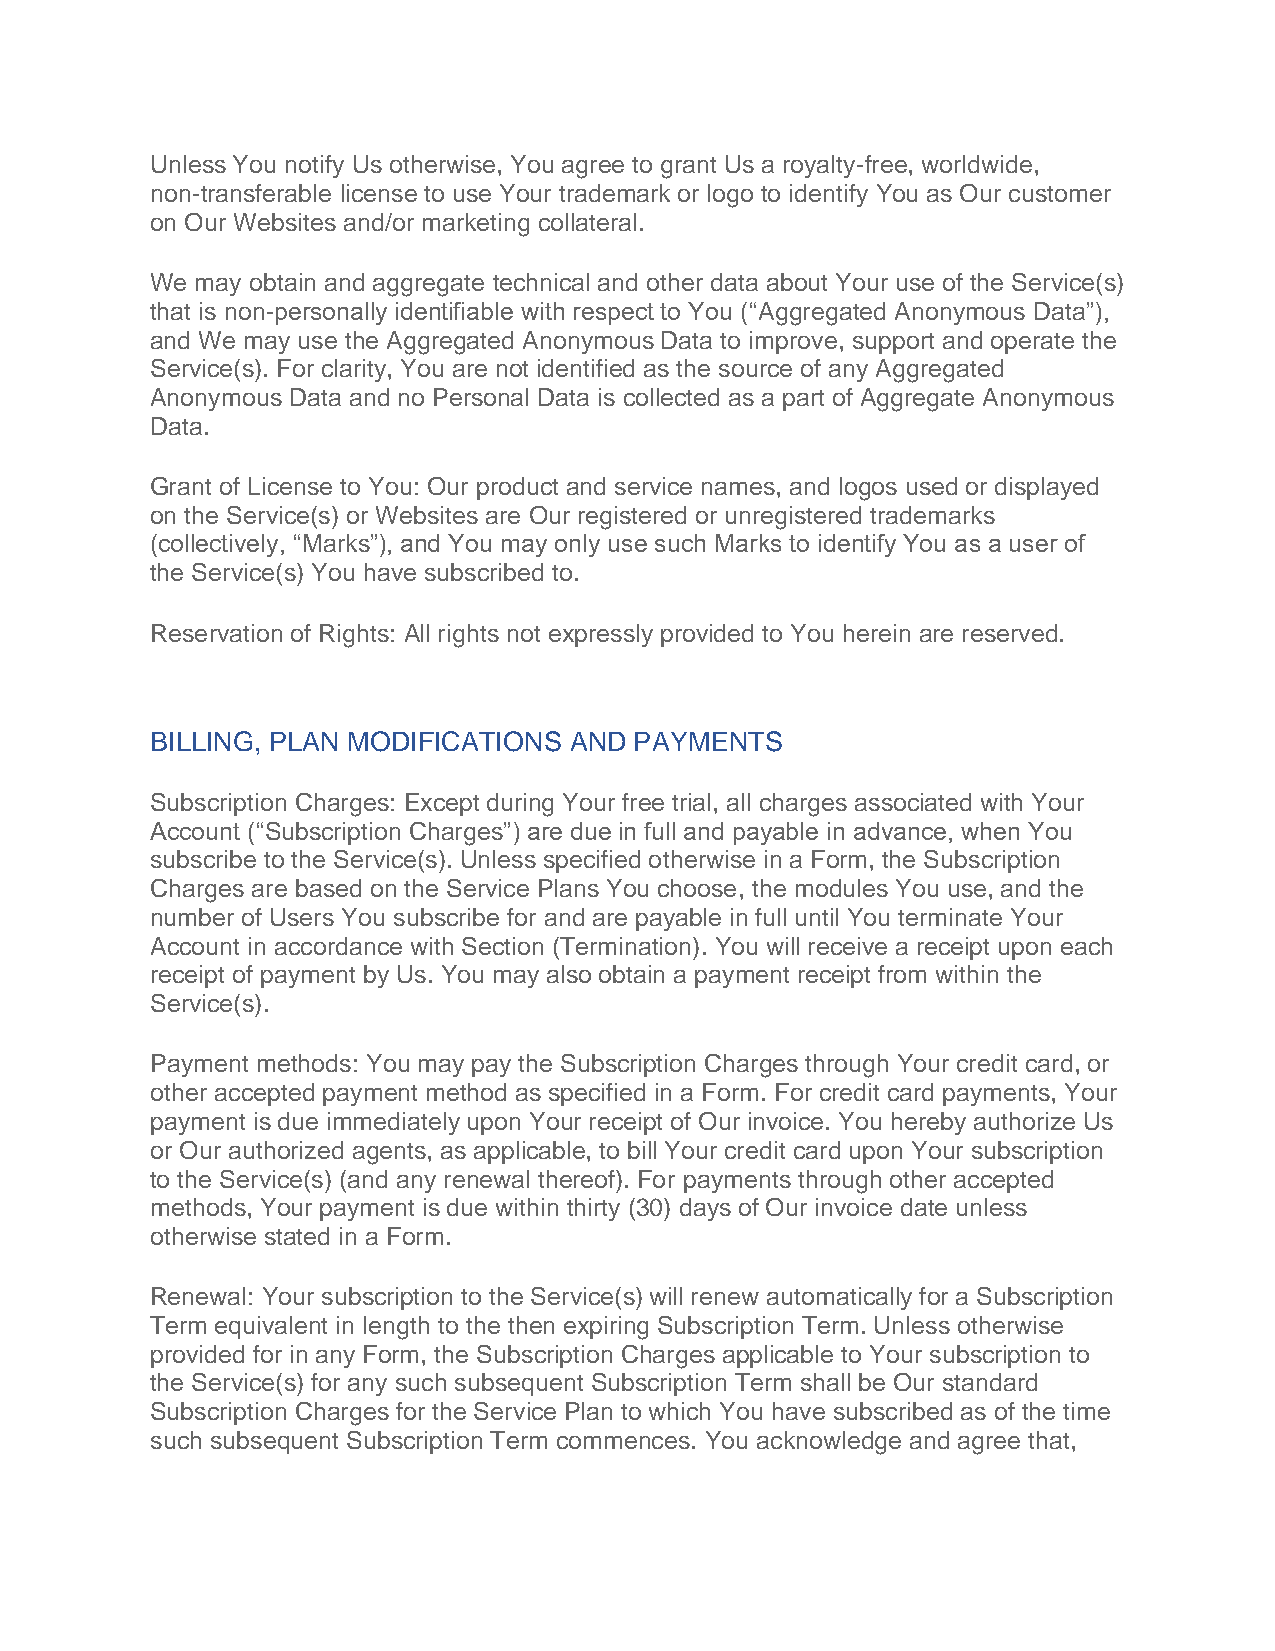
Unless You notify Us otherwise, You agree to grant Us a royalty-free, worldwide,
 non-transferable license to use Your trademark or logo to identify You as Our customer
 on Our Websites and/or marketing collateral.
 We may obtain and aggregate technical and other data about Your use of the Service(s)
 that is non-personally identifiable with respect to You (“Aggregated Anonymous Data”),
 and We may use the Aggregated Anonymous Data to improve, support and operate the
 Service(s). For clarity, You are not identified as the source of any Aggregated
 Anonymous Data and no Personal Data is collected as a part of Aggregate Anonymous
 Data.
 Grant of License to You: Our product and service names, and logos used or displayed
 on the Service(s) or Websites are Our registered or unregistered trademarks
 (collectively, “Marks”), and You may only use such Marks to identify You as a user of
 the Service(s) You have subscribed to.
 Reservation of Rights: All rights not expressly provided to You herein are reserved.
 BILLING, PLAN MODIFICATIONS AND PAYMENTS
 Subscription Charges: Except during Your free trial, all charges associated with Your
 Account (“Subscription Charges”) are due in full and payable in advance, when You
 subscribe to the Service(s). Unless specified otherwise in a Form, the Subscription
 Charges are based on the Service Plans You choose, the modules You use, and the
 number of Users You subscribe for and are payable in full until You terminate Your
 Account in accordance with Section (Termination). You will receive a receipt upon each
 receipt of payment by Us. You may also obtain a payment receipt from within the
 Service(s).
 Payment methods: You may pay the Subscription Charges through Your credit card, or
 other accepted payment method as specified in a Form. For credit card payments, Your
 payment is due immediately upon Your receipt of Our invoice. You hereby authorize Us
 or Our authorized agents, as applicable, to bill Your credit card upon Your subscription
 to the Service(s) (and any renewal thereof). For payments through other accepted
 methods, Your payment is due within thirty (30) days of Our invoice date unless
 otherwise stated in a Form.
 Renewal: Your subscription to the Service(s) will renew automatically for a Subscription
 Term equivalent in length to the then expiring Subscription Term. Unless otherwise
 provided for in any Form, the Subscription Charges applicable to Your subscription to
 the Service(s) for any such subsequent Subscription Term shall be Our standard
 Subscription Charges for the Service Plan to which You have subscribed as of the time
 such subsequent Subscription Term commences. You acknowledge and agree that,